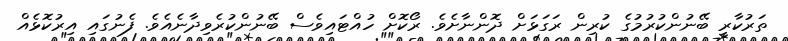
ތަރުކާރީ ބޭނުންކުރުމުގެ ކުރިން ރަގަޅަށް ދޮންނާށެވެ. ރޯކޮށް ހުއްޓައިވެސް ބޭނުންކުރެވިދާނެއެވެ. ފެނުގައި އިރުކޮޅެއް